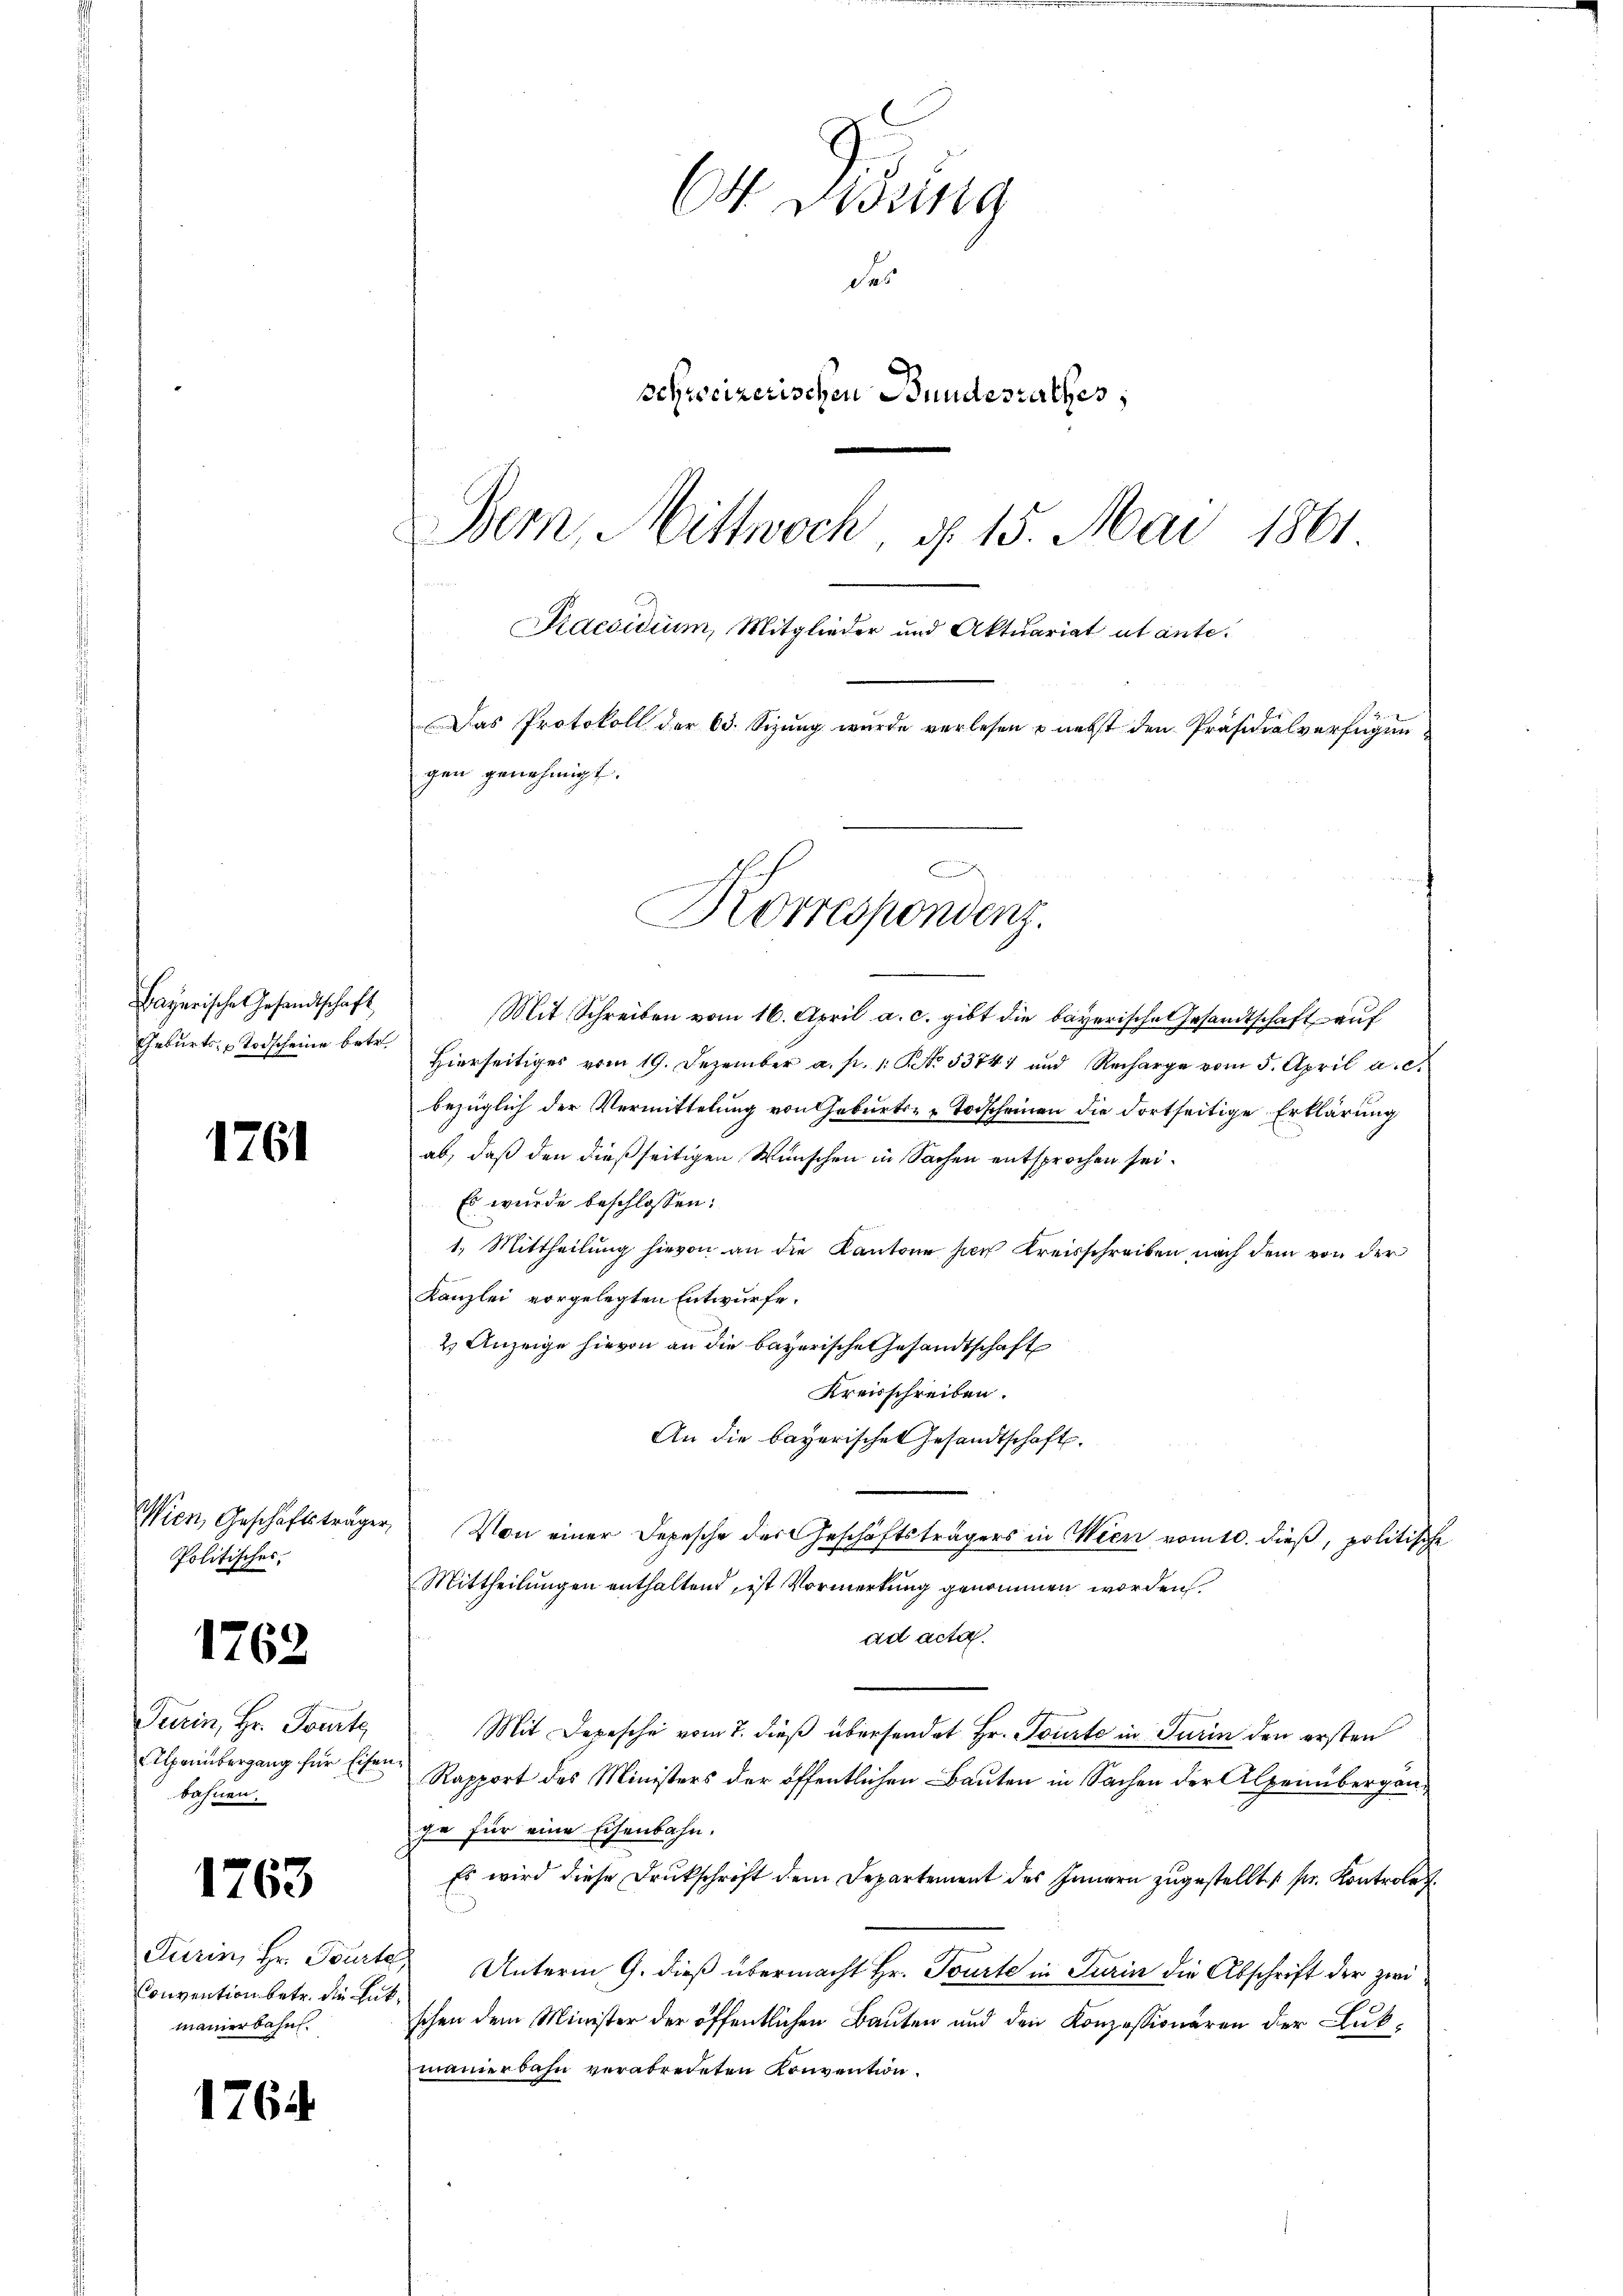
Bayerische Gesandtschaft

12

6

Wien Geschäftsträge
Politisches,

1768

Turin, Hr. Tourte
bahnen.

1763

Convention betr. die Entmaierbahn.

1764

64. Diezing
des
schweizerischen Bundesrathes;
Bern, Mittwoch, d. 15. Mai 1861
Praesidium, Mitglieder und Aktuariat utante.
Das Protokoll der 63. Sizung wurde verlesen nebst den Präsidialverfügungen genehmigt.

Mit Schreiben vom 16. April a. c. gibt die bayerischen Gesandtschaft auf
Gebŭrts- u Todscheine betr. Hierseitiger vom 19. Dezember a. f. 1. No. 53747 und Recharge vom 5. April a. c.
bezüglich der Vermittelung von Geburts- u Todscheinen die dortseitige Erklärung
ab, daß den dießseitigen Wünschen in Sachen entsprochen sei.
Es wurde beschlossen:
1. Mittheilung hievon an die Kantone hier Kreisschreiben nach dem von der
Kanzlei vorgelegten Entwurfe.
2. Anzeige hievon an die bayerische Gesandtschaft
Kreisschreiben.
An die bayerischen Gesandtschaft.
2
Von einer Depesche der Geschäftsträgers in Wien vom 10. dieß, politische
Mittheilungen enthaltend, ist Vormerkung genommen worden.
ad acta.
Mit Depesche vom 7. dieß übersendet Hr. Tourte in Turin den ersten
Alprinbergang für Eisen Rapport des Ministers der öffentlichen Bauten in Sachen der Alpenbergange für eine Eisenbahn.
Es wird diese Drukschrift dem Departement des Innern zugestellt pr. Kontroler
Turin, Hr. Tourte Unterm 9. dieß übermacht Hr. Tourte in Turin die Abschrift der zwi
schen dem Minister der öffentlichen Bauten und den Konzessionären der Clubmanierbahn verabredeten Konvention.

Korrespondenz.